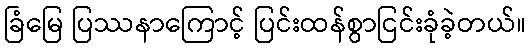
ခြံမြေ ပြဿနာကြောင့် ပြင်းထန်စွာငြင်းခုံခဲ့တယ်။